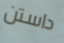
داستن